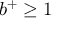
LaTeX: b ^ { + } \geq 1